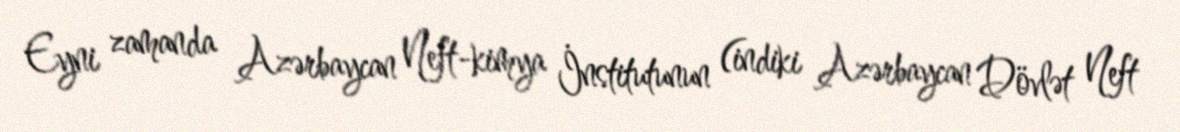
Eyni zamanda Azərbaycan Neft-kimya İnstitutunun (indiki Azərbaycan Dövlət Neft